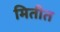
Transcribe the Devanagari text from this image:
मितीत